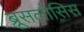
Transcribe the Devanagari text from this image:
ब्रूसलोसिस